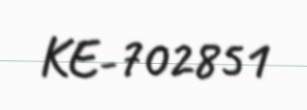
KE-702851